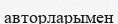
авторларымен